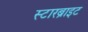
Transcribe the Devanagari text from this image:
स्टारब्राइट